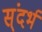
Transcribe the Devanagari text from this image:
स्ंदर्भ